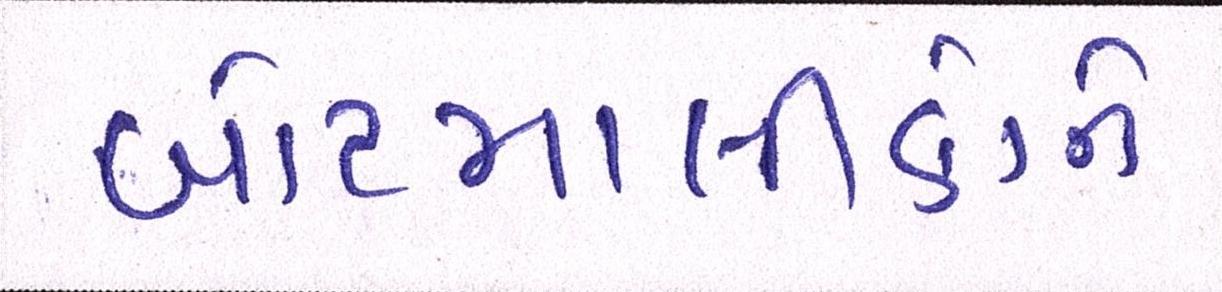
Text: બોટમાલીકોને